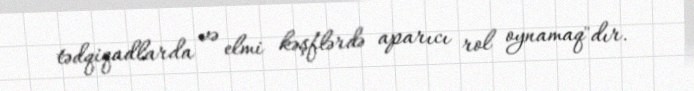
tədqiqadlarda və elmi kəşflərdə aparıcı rol oynamaq"dır.